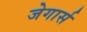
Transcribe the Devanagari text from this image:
जेगार्स